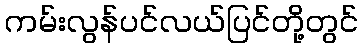
ကမ်းလွန်ပင်လယ်ပြင်တို့တွင်